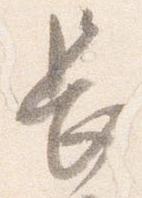
長